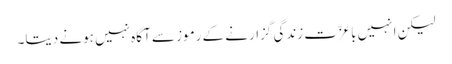
لیکن انہیں باعزّت زندگی گزارنے کے رموز سے آگاہ نہیں ہونے دیتا۔